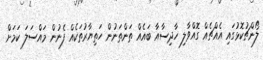
ލޯންޗުކޮޅުގައި އެއްޗެއް ގޮއްވާލި ހާދިސާއާ ބައެއް ތަންތަނުން ހަތިޔާރުތަކެއް ފެނުން މައްސަލަ ކަމަށް